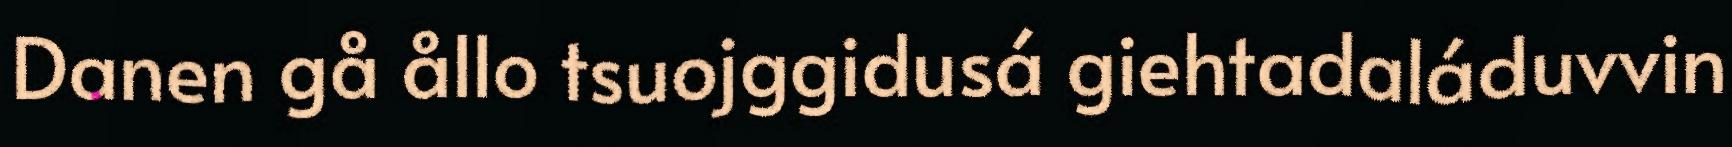
Danen gå ållo tsuojggidusá giehtadaláduvvin